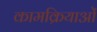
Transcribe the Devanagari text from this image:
कामक्रियाओं